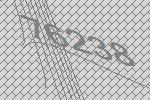
76238